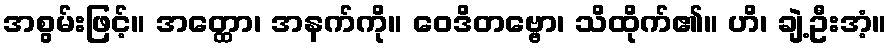
အစွမ်းဖြင့်။ အတ္ထော၊ အနက်ကို။ ဝေဒိတဗ္ဗော၊ သိထိုက်၏။ ဟိ၊ ချဲ့ဦးအံ့။